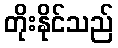
တိုးနိုင်သည်